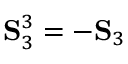
\mathbf { S } _ { 3 } ^ { 3 } = - \mathbf { S } _ { 3 }